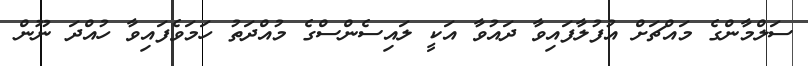
ސަލްމާންގެ މައްޗަށް އުފުލާފައިވާ ދައުވާ އަކީ ލައިސެންސްގެ މުއްދަތު ހަމަވެފައިވާ ހުއްދަ ނޫން